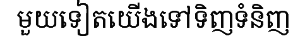
មួយទៀតយើងទៅទិញទំនិញ